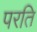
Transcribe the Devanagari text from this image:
परति